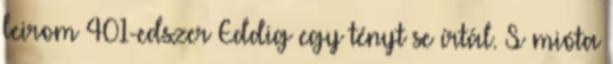
leirom 401-edszer Eddig egy tényt se írtál. S mióta